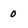
Character: 0